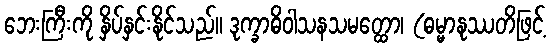
ဘေးကြီးကို နှိပ်နှင်းနိုင်သည်။ ဒုက္ခာဓိဝါသနသမတ္ထော၊ (ဓမ္မာနုဿတိဖြင့်